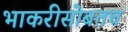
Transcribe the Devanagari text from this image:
भाकरीसोबतच